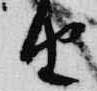
由